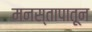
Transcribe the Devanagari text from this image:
मनस्तापातून